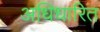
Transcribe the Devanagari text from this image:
अधिधारित